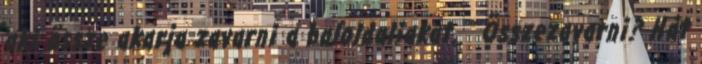
aki össze akarja zavarni a baloldaliakat. " Összezavarni? Hát